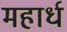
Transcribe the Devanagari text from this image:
महार्ध